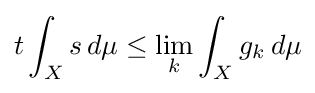
t\int _{X}s\,d\mu \leq \lim _{k}\int _{X}g_{k}\,d\mu